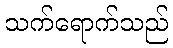
သက်ရောက်သည်